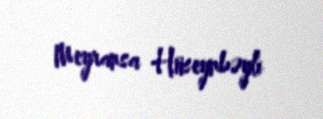
Meyransa Hüseynbəyli